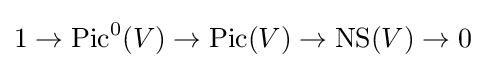
1\to \mathrm {Pic} ^{0}(V)\to \mathrm {Pic} (V)\to \mathrm {NS} (V)\to 0